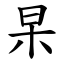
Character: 杲